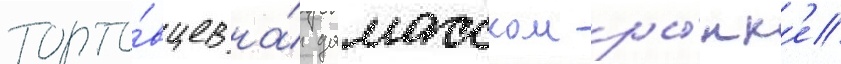
торго́вцев на́ дамасском ры́нк'е